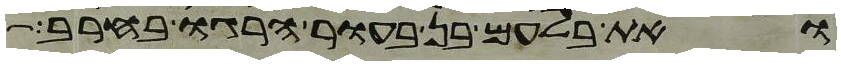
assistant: ואת בלעם בן בעור הרגו בחרב